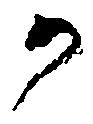
か